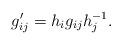
LaTeX: \begin{align*}g_{ij}^{\prime }=h_{i}g_{ij}h_{j}^{-1}. \end{align*}